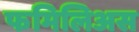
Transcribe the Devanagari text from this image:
फमिलिअस